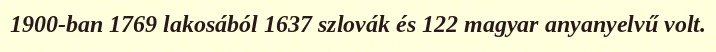
1900-ban 1769 lakosából 1637 szlovák és 122 magyar anyanyelvű volt.